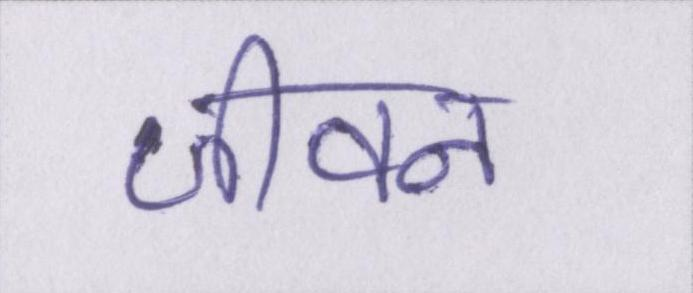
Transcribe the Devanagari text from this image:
जीवन